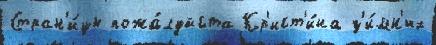
Стран'и́цы пожа́луйста Кр'ист'и́на з'и́мн'их